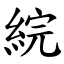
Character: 綄